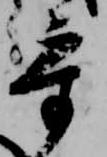
参